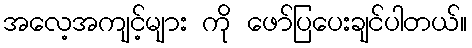
အလေ့အကျင့်များ ကို ဖော်ပြပေးချင်ပါတယ်။